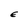
Character: E